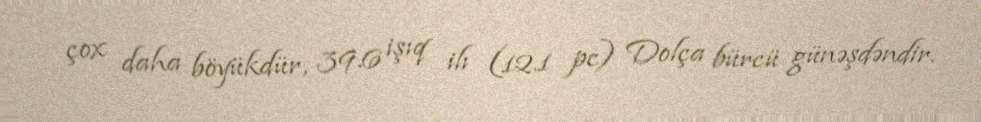
çox daha böyükdür, 39.6 işıq ilı (12.1 pc) Dolça bürcü günəşdəndir.